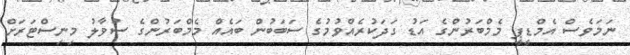
ނަމަވެސް އެމްޑީޕީ މެމްބަރުންގެ އަޑު ގަދަކުރެއްވުމުގެ ސަބަބުން ބައެއް މެމްބަރުންގެ ސުވާލު މިނިސްޓަރަށް